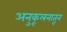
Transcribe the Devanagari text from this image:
अनुकूलनातून